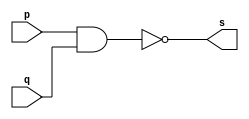
// ------------------------- 
// Exemplo0006 - NAND 
// Nome: Thauan Velasco 
// ------------------------- 
// --------------------- 
// -- nand gate 
// --------------------- 
	module nandgate (output s, input p, input q); 
	assign s = ~(p & q); 
	endmodule // nand

// --------------------- 
// -- test nandgate 
// --------------------- 

module testnandgate; 

// ------------------------- dados locais 
	reg a,b; // definir registrador 
	wire s; // definir conexao (fio) 
	
// ------------------------- instancia 
	nandgate NAND1 (s, a, b); 

// ------------------------- preparacao 
	initial begin:start 
	a=0;
	b=0;
end 

// ------------------------- parte principal 
	initial begin:main 
	$display("Exemplo0006 - Thauan Velasco - 439995"); 
	$display("Test nand gate"); 
	$display("\n a' | b' = s\n"); 
	a=0; b=0; 
	#1 $display("%b | %b = %b", a, b, s); 
	a=0; b=1; 
	#1 $display("%b | %b = %b", a, b, s); 
	a=1; b=0; 
	#1 $display("%b | %b = %b", a, b, s); 
	a=1; b=1; 
	#1 $display("%b | %b = %b", a, b, s); 

end 

endmodule // testnandgate